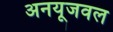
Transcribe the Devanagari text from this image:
अनयूजवल